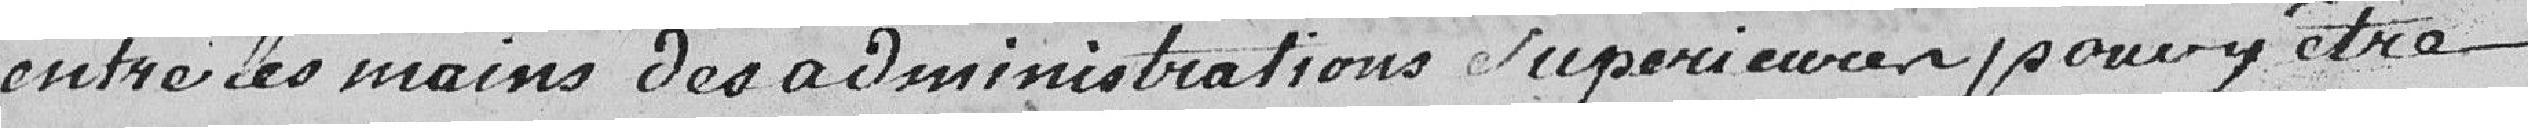
entre les mains des administrations supérieur pour y être